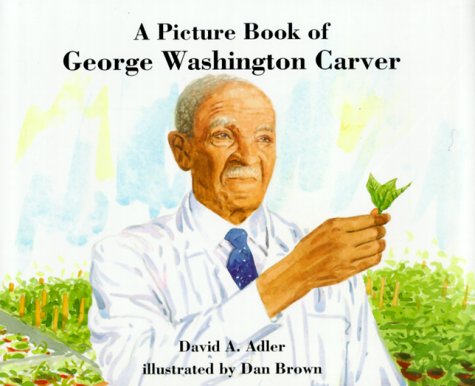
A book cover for A Picture Book of George Washington Carver (Picture Book Biographies); David A. Adler; Children's Books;